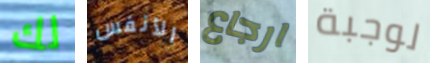
لك الأنفس ارجاع لوجبة